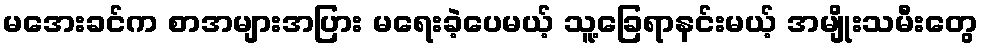
မအေးခင်က စာအများအပြား မရေးခဲ့ပေမယ့် သူ့ခြေရာနင်းမယ့် အမျိုးသမီးတွေ